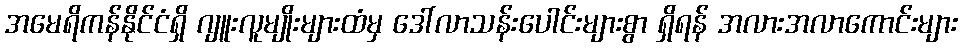
အမေရိကန်နိုင်ငံရှိ ဂျူးလူမျိုးများထံမှ ဒေါ်လာသန်းပေါင်းများစွာ ရှိရန် အလားအလာကောင်းများ